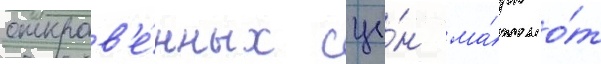
откров'е́нных сце́н ма́рк о́т